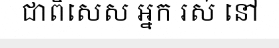
ជាពិសេស អ្នក រស់ នៅ